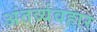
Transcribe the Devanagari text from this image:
अंतर्व्यवहार